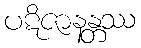
ပဋိဇာနန္တဿ